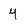
Character: 4